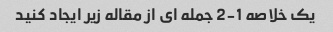
یک خلاصه 1-2 جمله ای از مقاله زیر ایجاد کنید